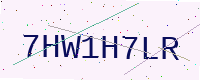
Text: 7HW1H7LR